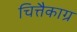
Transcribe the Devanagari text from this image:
चित्तैकाग्र